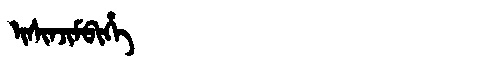
Manchu: ᡳᠰᡳᠨᠵᡳᠮᠪᡳᡥᡝ
Romanization: ISINJIMBIHE